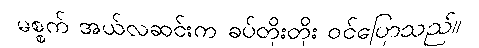
မစ္စက် အယ်လဆင်းက ခပ်တိုးတိုး ဝင်ပြောသည်။